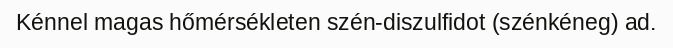
Kénnel magas hőmérsékleten szén-diszulfidot (szénkéneg) ad.